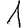
Digit: 1